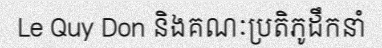
Le Quy Don និងគណៈប្រតិភូដឹកនាំ